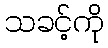
သခင့်ကို